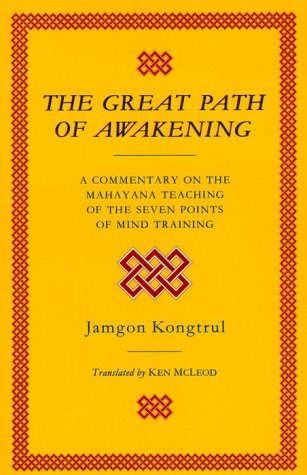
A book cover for The Great Path of Awakening: A Commentary on the Mahayana Teaching of the Seven Points of Mind Training; Jamgon Kongtrul; Religion & Spirituality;